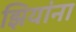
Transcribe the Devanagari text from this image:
झियांना